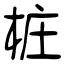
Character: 桩